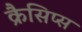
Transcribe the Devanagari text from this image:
क्रैसिप्स